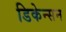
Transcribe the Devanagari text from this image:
डिकेन्सन